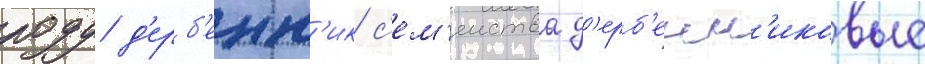
роду д'ерб'енн'ик с'ем'еиства д'ерб'енн'иковые